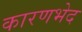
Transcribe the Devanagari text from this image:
कारणभेद